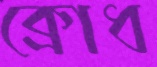
ক্রোধ